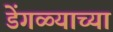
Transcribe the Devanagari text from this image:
डेंगळ्याच्या